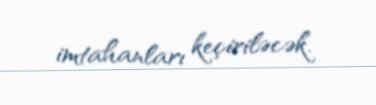
imtahanları keçiriləcək.